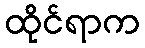
ထိုင်ရာက